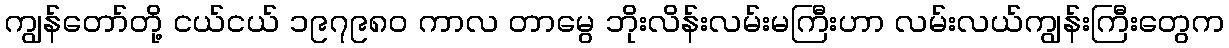
ကျွန်တော်တို့ ငယ်ငယ် ၁၉၇၉၈၀ ကာလ တာမွေ ဘိုးလိန်းလမ်းမကြီးဟာ လမ်းလယ်ကျွန်းကြီးတွေက